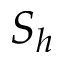
S _ { h }